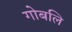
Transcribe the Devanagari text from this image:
गोबलि